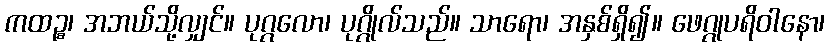
ကထဉ္စ၊ အဘယ်သို့လျှင်။ ပုဂ္ဂလော၊ ပုဂ္ဂိုလ်သည်။ သာရော၊ အနှစ်ရှိ၍။ ဖေဂ္ဂုပရိဝါနော၊